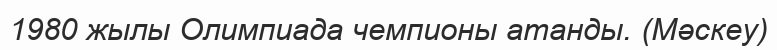
1980 жылы Олимпиада чемпионы атанды. (Мәскеу)